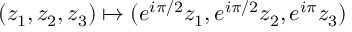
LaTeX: ( z _ { 1 } , z _ { 2 } , z _ { 3 } ) \mapsto ( e ^ { i \pi / 2 } z _ { 1 } , e ^ { i \pi / 2 } z _ { 2 } , e ^ { i \pi } z _ { 3 } )